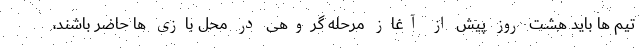
تیم ها باید هشت روز پیش از آغاز مرحله گروهی در محل بازی ها حاضر باشند،